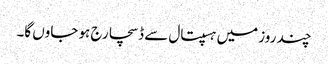
چند روز میں ہسپتال سے ڈسچارج ہو جاوں گا۔